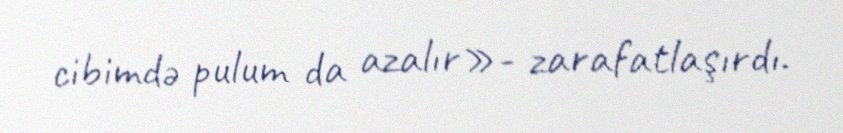
cibimdə pulum da azalır»- zarafatlaşırdı.